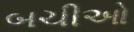
બચીઓ